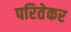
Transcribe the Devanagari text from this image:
परितेकर